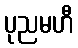
ပုညမဟီ